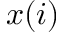
x ( i )